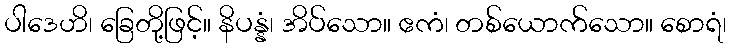
ပါဒေဟိ၊ ခြေတို့ဖြင့်။ နိပန္နံ၊ အိပ်သော။ ဧကံ၊ တစ်ယောက်သော။ စောရံ၊